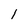
Character: 1